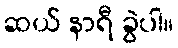
ဆယ် နာရီ ခွဲပါ။